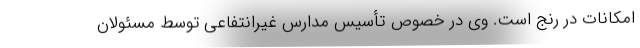
امکانات در رنج است. وی در خصوص تأسیس مدارس غیرانتفاعی توسط مسئولان